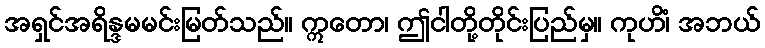
အရှင်အရိန္ဒမမင်းမြတ်သည်။ ဣတော၊ ဤငါတို့တိုင်းပြည်မှ။ ကုဟိံ၊ အဘယ်